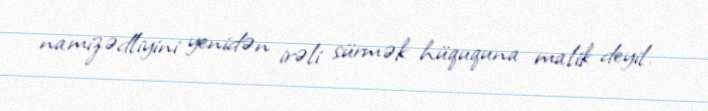
namizədliyini yenidən irəli sürmək hüququna malik deyil.